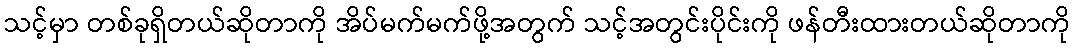
သင့်မှာ တစ်ခုရှိတယ်ဆိုတာကို အိပ်မက်မက်ဖို့အတွက် သင့်အတွင်းပိုင်းကို ဖန်တီးထားတယ်ဆိုတာကို